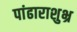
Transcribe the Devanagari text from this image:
पांढाराशुभ्र